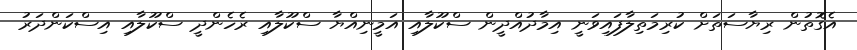
އެގޮތުން ރިޔާސަތަށް ކުރިމަތިލާފައިވަނީ އިމާދުއްދީން ސްކޫލާއި އަމީނިއްޔާ ސްކޫލާއި ރެހެންދީ ސްކޫލާއި އިސްކަންދަރު